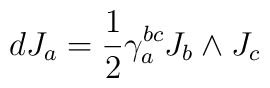
dJ_a={1\over 2} \gamma_a^{bc}J_b \wedge J_c